Vaccination United Provinces of Agra and Oudh 1914-1922 - 1914-1922
Year: 1914
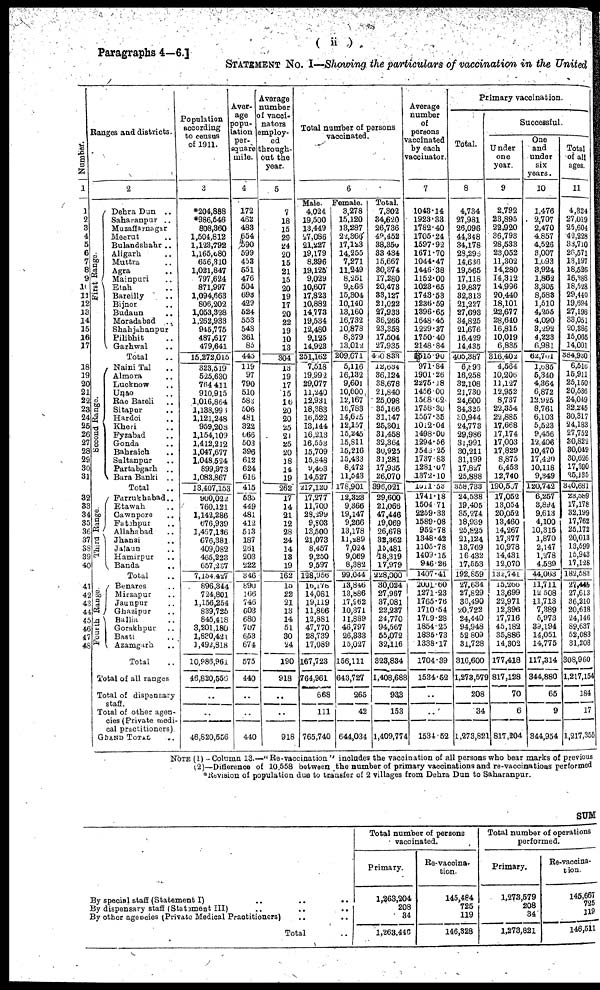
( ii )
Paragraphs 4—6.]
STATEMENT No. I—Showing the particulars of vaccination in the United
Number.
1
1
2
3
4
5
6
7
8
9
10
11
12
13
14
15
16
17
18
19
20
21
22
23
24
25
26
27
28
29
30
31
32
33
34
35
36
37
38
39
40
41
49
43
44
45
46
47
48
Ranges and districts.
2
First Range.
Second Range.
Third Range.
Fourth Range.
Dehra Dun ..
Saharanpur ..
Muzaffarnagar
Meerut ..
Bulandshahr ..
Aligarh ..
Muttra ..
Agra ..
Mainpuri ..
Etah ..
Bareilly ..
Bijnor ..
Budaun ..
Moradabad ..
Shahjahanpur
Pilibhit ..
Garhwal ..
Total ..
Naini Tal ..
Almora ..
Lucknow ..
Unao ..
Rae Bareli ..
Sitapur ..
Hardoi ..
Kheri ..
Fyzabad ..
Gonda ..
Bahraich ..
Sultanpur ..
Partabgarh
..
Bara Banki
..
Total ..
Farrukhabad..
Etawah ..
Cawnpore ..
Fatehpur ..
Allahabad ..
Jhansi ..
Jalaun ..
Hamirpur ..
Banda ..
Total ..
Benares ..
Mirzapur ..
Jaunpur ..
Ghazipur ..
Ballia ..
Gorakhpur ..
Basti ..
Azamgarh ..
Total ..
Total of all ranges
Total of dispensary
staff.
Total of other agen-
cies (Private medi-
cal practitioners).
GRAND TOTAL ..
Population
according
to census
of 1911.
3
*204,888
*986,546
808,360
1,504,812
1,123,792
1,165,080
656,310
1,021,847
797,624
871,997
1,094,663
806,202
1,053,328
1,262,933
945,775
487,617
479,641
15,272,015
323,519
525,630
764,411
910,915
1,016,864
1,138,996
1,121,248
959,208
1,154,109
1,412,212
1,047,677
1,048,524
899,973
1,083,867
13,407,153
900,022
760,121
1,142,286
676,939
1,467,136
676,381
409,082
465,223
657,237
7,154,427
896,344
724,801
1,156,254
839,725
845,418
3,201,180
1,830,421
1,492,818
10,986,961
46,820,556
..
..
46,820,556
Aver-
age
popu¬
lation
per¬
square
mile.
4
172
462
483
654
590
599
453
551
476
504
693
429
524
553
548
361
85
445
119
97
790
510
583
506
481
322
666
503
396
612
624
616
415
535
449
481
412
513
187
261
203
222
346
890
166
746
603
680
707
653
674
575
440
..
..
440
Average
number
of vacci-
nators
employ¬
ed
through¬
out the
year.
5
7
18
15
29
24
20
15
21
15
20
19
17
20
22
19
10
13
304
13
19
17
15
16
20
20
25
21
25
20
18
14
19
262
17
14
21
12
28
24
14
13
19
162
15
22
21
13
14
51
30
24
190
918
..
..
918
Total number of persons
vaccinated.
6
Male.
4,024
19,500
13,449
27,086
21,227
19,179
8,396
19,125
9,029
10,607
17,823
10,882
14,773
19,534
12,480
9,125
14,923
251,162
7,518
19,992
29,077
11,240
12,931
18,383
16,522
13,144
16,213
16,553
15,709
15,848
9,463
14,527
217,120
17,277
11,700
28,299
9,803
13,500
21,073
8,457
9,250
9,597
128,956
l6,178
14,081
19,119
11,866
12,881
47,770
28,739
17,089
167,723
764,961
668
111
765,740
Female.
3,278
15,120
13,287
22,366
17,123
14,255
7,271
11,249
8,251
9,866
15,304
10,140
13,160
16,732
10,878
8,379
13,012
209,671
5,116
16,132
9,601
10,600
12,167
16,783
14,625
12,157
15,245
15,811
15,216
15,433
8,472
11,543
178,901
12,323
9,366
19,147
9,266
13,178
11,289
7,024
9,069
8,382
99,044
13,846
13,886
17,962
10,371
11,889
46,797
26,333
15,027
156,111
643,727
265
42
644,034
Total.
7,302
34,620
26,736
49,452
38,350
33,434
15,667
30,374
17,280
20,473
33,127
21,022
27,933
36,266
23,358
17,504
27,935
480,833
12,634
36,124
38,678
21,840
25,098
35,166
31,147
25,301
31,458
32,364
30,925
31,281
17,935
26,070
396,021
29,600
21,066
47,446
19,069
26,678
32,362
15,481
18,319
17,979
228,000
30,024
27,967
37,081
22,237
24,770
94,567
55,072
32,116
323,834
l,408,688
933
153
1,409,774
Average
number
of
persons
vaccinated
by each
vaccinator.
7
1043.14
1923.33
1782.40
1705.24
1597.92
1671.70
1044.47
1446.38
1152.00
1023.65
1743.53
1236.59
1396.65
1648.45
1229.37
1750.40
2148.84
1515.90
971.84
1901.26
2275.18
1456.00
1568.62
1758.36
1557.35
1012.04
1498.00
1294.56
1546.25
1737.83
1281.07
1372.10
1511.53
1741.18
1504.71
2259.33
1589.08
952.78
1348.42
1105.78
1409.15
946.26
1407.41
2001.60
1271.23
1765.76
1710.54
1769.28
1854.25
1835.73
1338.17
1704.39
1534.52
..
..
1534.52
Primary vaccination.
Total.
8
4,734
27,981
26,096
44,348
34,178
23,296
14,636
19,565
17,118
19,837
32,313
21,227
27,693
34,825
21,676
16,429
14,435
405,387
6,893
16,258
32,108
21,730
24,600
34,325
30,944
24,773
29,986
31,991
30,211
31,199
17,827
25,888
358,733
24,538
19,405
35,274
18,939
25,825
21,124
13,769
16 432
17,553
192,859
27,634
27,829
36,490
20,722
24,440
94,948
52,809
31,728
316,600
1,273,579
208
34
1,273,821
Successful.
Under
one
year.
9
2,792
23,895
22,920
36,793
28,533
23,052
11,302
14,280
14,312
14,996
20,440
18,101
22,677
28,640
16,815
10,019
6,835
316,402
4,564
10,206
11,127
12,952
8,737
22,354
22,885
17,668
17,174
17,003
17,829
8,875
6,453
12,740
190,567
17,052
13,054
20,052
13,460
14,267
17,377
10,978
14,431
12,070
133,741
15,268
13,699
22,971
12,396
17,716
45,182
35,886
14,302
177,418
817,128
70
6
817,204
One
and
under
six
years.
10
1,476
2,707
2,470
4,857
4,526
3,007
1,093
3,924
1,862
3,305
8,583
1,510
4,255
4,090
3,292
4,223
6,981
62,761
1,635
5,340
4,364
6,872
12,925
8,761
6,103
5,523
9,456
12,406
10,470
17,420
10,118
9,349
120,742
6,257
3,894
9,613
4,100
10,315
1,870
2,147
1,278
4,589
44,063
11,711
12,508
11,713
7,389
5,973
39,194
14,051
14,775
117,314
344,880
65
9
344,954
Total
of all
ages.
11
4,324
27,019
25,604
42,228
33,710
26,571
13,197
18,526
16,388
18,528
29,440
19,694
27,198
33,051
20,386
15,065
14,001
384,930
6,518
15,911
25,150
20,536
24,049
32,245
30,317
24,183
27,752
30,822
30,049
30,626
17,390
25,135
340,681
23,589
17,178
32,199
17,762
25,172
20,013
13,599
15,943
17,128
182,583
27,445
27,613
36,210
20,618
24,146
89,637
52,083
31,208
308,960
1,217,154
184
17
1,217,355
NOTE (1) -Column 13.—"Re-vaccination " includes the vaccination of all persons who bear marks of previous
(2)—Difference of 10,558 between the number of primary vaccinations and re-vaccinations performed
*Revision of population due to transfer of 2 villages from Dehra Dun to Saharanpur.
SUM
By special staff (Statement I) .. .. ..
By dispensary staff (Statament III)
..
..
..
By other agencies (Private Medical Practitioners) .. ..
Total ..
Total number of persons
vaccinated.
Primary.
1,263,204
208
34
l,263,446
Re-vaccina-
tion.
145,484
725
119
146,328
Total number of operations
performed.
Primary.
1,273,579
208
34
1,273,821
Re-vaccina-
tion.
145,667
725
119
146,511